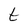
Character: t